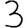
Digit: 3